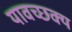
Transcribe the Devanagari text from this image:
यावच्छक्य